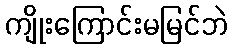
ကျိုးကြောင်းမမြင်ဘဲ